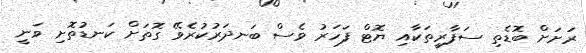
ރަށަށް ބޮޑެތި ސަފާރީތަކާއި ޔޮޓް ފަހަރު ވެސް ބަނދަރުކުރެވޭ ގޮތަށް ކަނޑުތޮށި ވަނީ